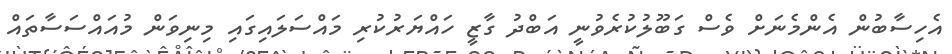
އެހިސާބުން އެންމެނަށް ވެސް ގަބޫލުކުރެވުނީ އަބްދު ގާޒީ ހައްޔަރުކުރި މައްސަލައިގައި މިނިވަން މުއައްސަސާތައް